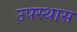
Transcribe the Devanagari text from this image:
उपस्थास